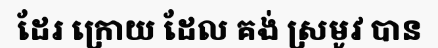
ដែរ ក្រោយ ដែល គង់ ស្រមូវ បាន